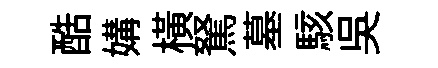
酷媾橫駑墓駭吴